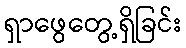
ရှာဖွေတွေ့ရှိခြင်း